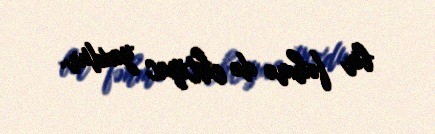
bir fəhmə də ehtiyac yoxdur.